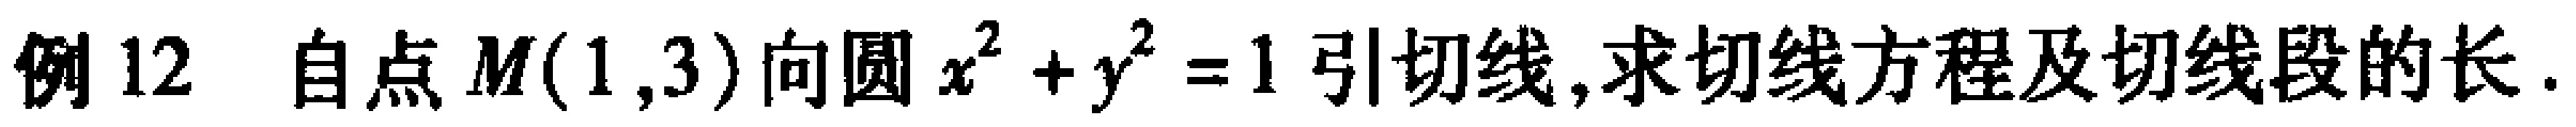
例 12 自点 \(M(1,3)\)向圆 \(x^{2}+y^{2}=1\)引切线,求切线方程及切线段的长.